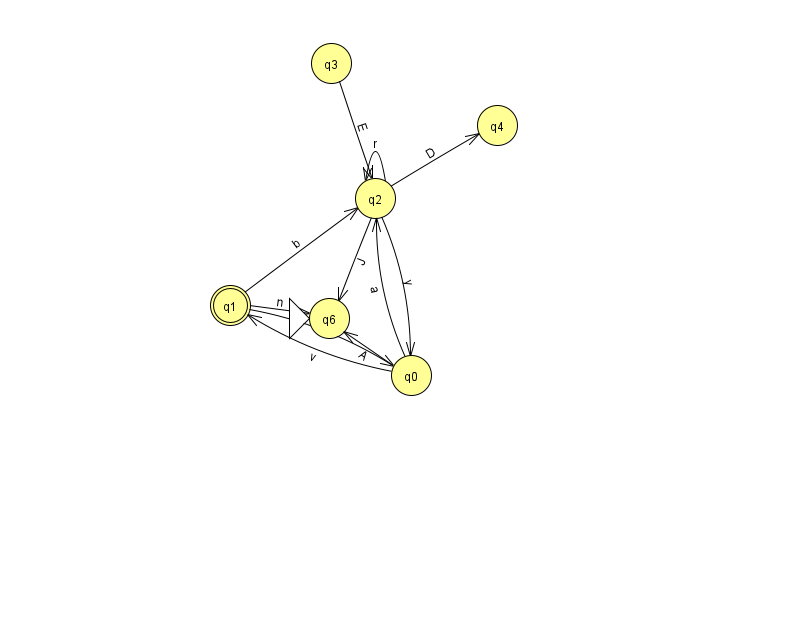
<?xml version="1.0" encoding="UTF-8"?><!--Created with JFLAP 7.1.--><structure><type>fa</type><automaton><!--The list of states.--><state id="0" name="q0"><x>411.0</x><y>362.0</y></state><state id="1" name="q1"><x>230.0</x><y>292.0</y><final/></state><state id="2" name="q2"><x>375.0</x><y>185.0</y></state><state id="3" name="q3"><x>331.0</x><y>50.0</y></state><state id="4" name="q4"><x>497.0</x><y>112.0</y></state><state id="6" name="q6"><x>329.0</x><y>305.0</y><initial/></state><!--The list of transitions.--><transition><from>0</from><to>2</to><read>a</read></transition><transition><from>0</from><to>6</to><read>A</read></transition><transition><from>2</from><to>2</to><read>r</read></transition><transition><from>0</from><to>1</to><read>v</read></transition><transition><from>2</from><to>4</to><read>D</read></transition><transition><from>1</from><to>2</to><read>b</read></transition><transition><from>2</from><to>0</to><read>y</read></transition><transition><from>3</from><to>2</to><read>E</read></transition><transition><from>1</from><to>0</to><read>o</read></transition><transition><from>1</from><to>6</to><read>n</read></transition><transition><from>2</from><to>6</to><read>J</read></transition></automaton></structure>